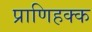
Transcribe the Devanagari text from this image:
प्राणिहक्क